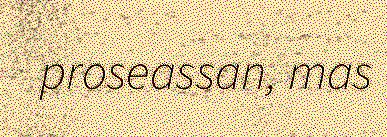
proseassan, mas